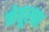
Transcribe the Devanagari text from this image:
नेबूरचा